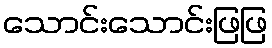
သောင်းသောင်းဖြဖြ